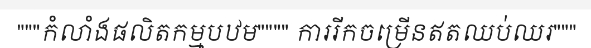
"""កំលាំងផលិតកម្មបឋម"""" ការរីកចម្រើនឥតឈប់ឈរ"""